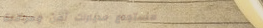
مستودع سيارات آمن ومراقبة